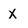
Character: x